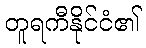
တူရကီနိုင်ငံ၏